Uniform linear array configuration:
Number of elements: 12
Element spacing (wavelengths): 1
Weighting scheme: hamming
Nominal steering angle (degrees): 60
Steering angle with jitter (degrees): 60.066
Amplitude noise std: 0.05
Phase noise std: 0.05

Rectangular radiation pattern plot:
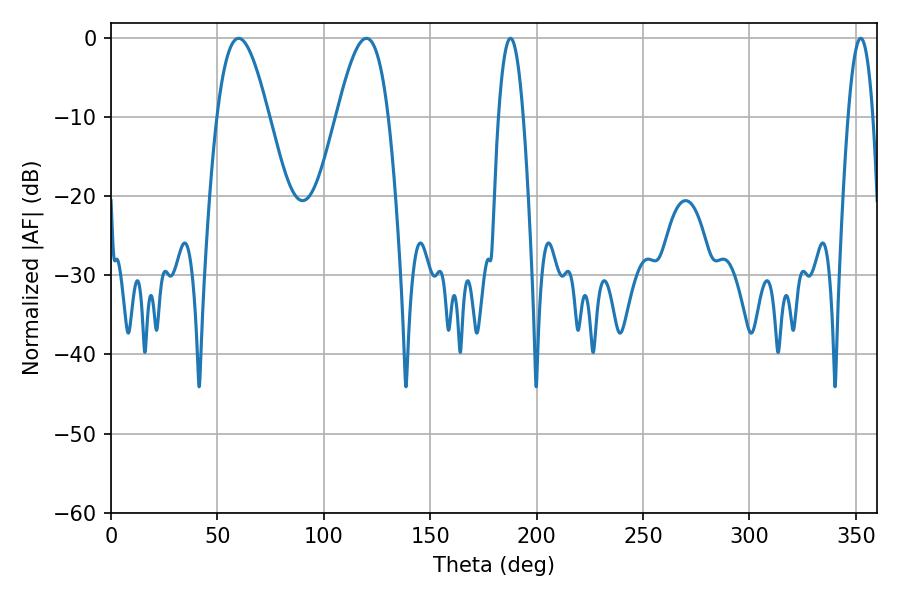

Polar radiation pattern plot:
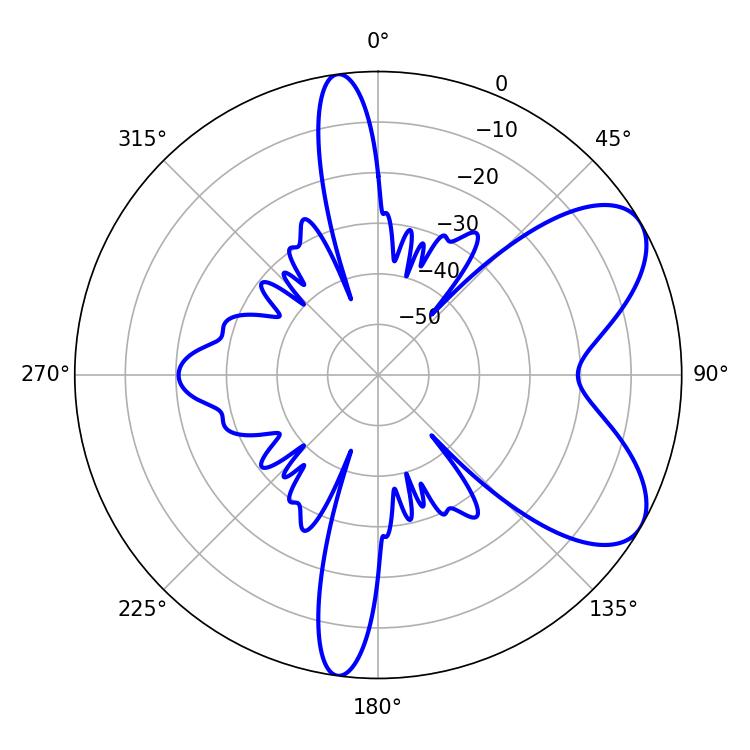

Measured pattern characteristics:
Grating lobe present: TRUE
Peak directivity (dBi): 6.938
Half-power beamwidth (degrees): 13.14
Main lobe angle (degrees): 59.94